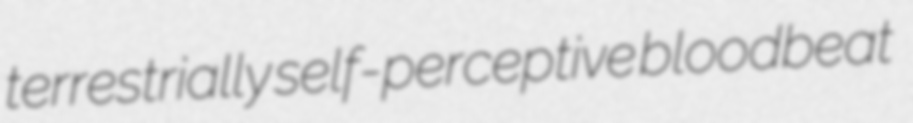
terrestrially self-perceptive bloodbeat